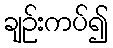
ချဉ်းကပ်၍